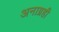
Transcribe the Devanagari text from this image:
अनाग्रही